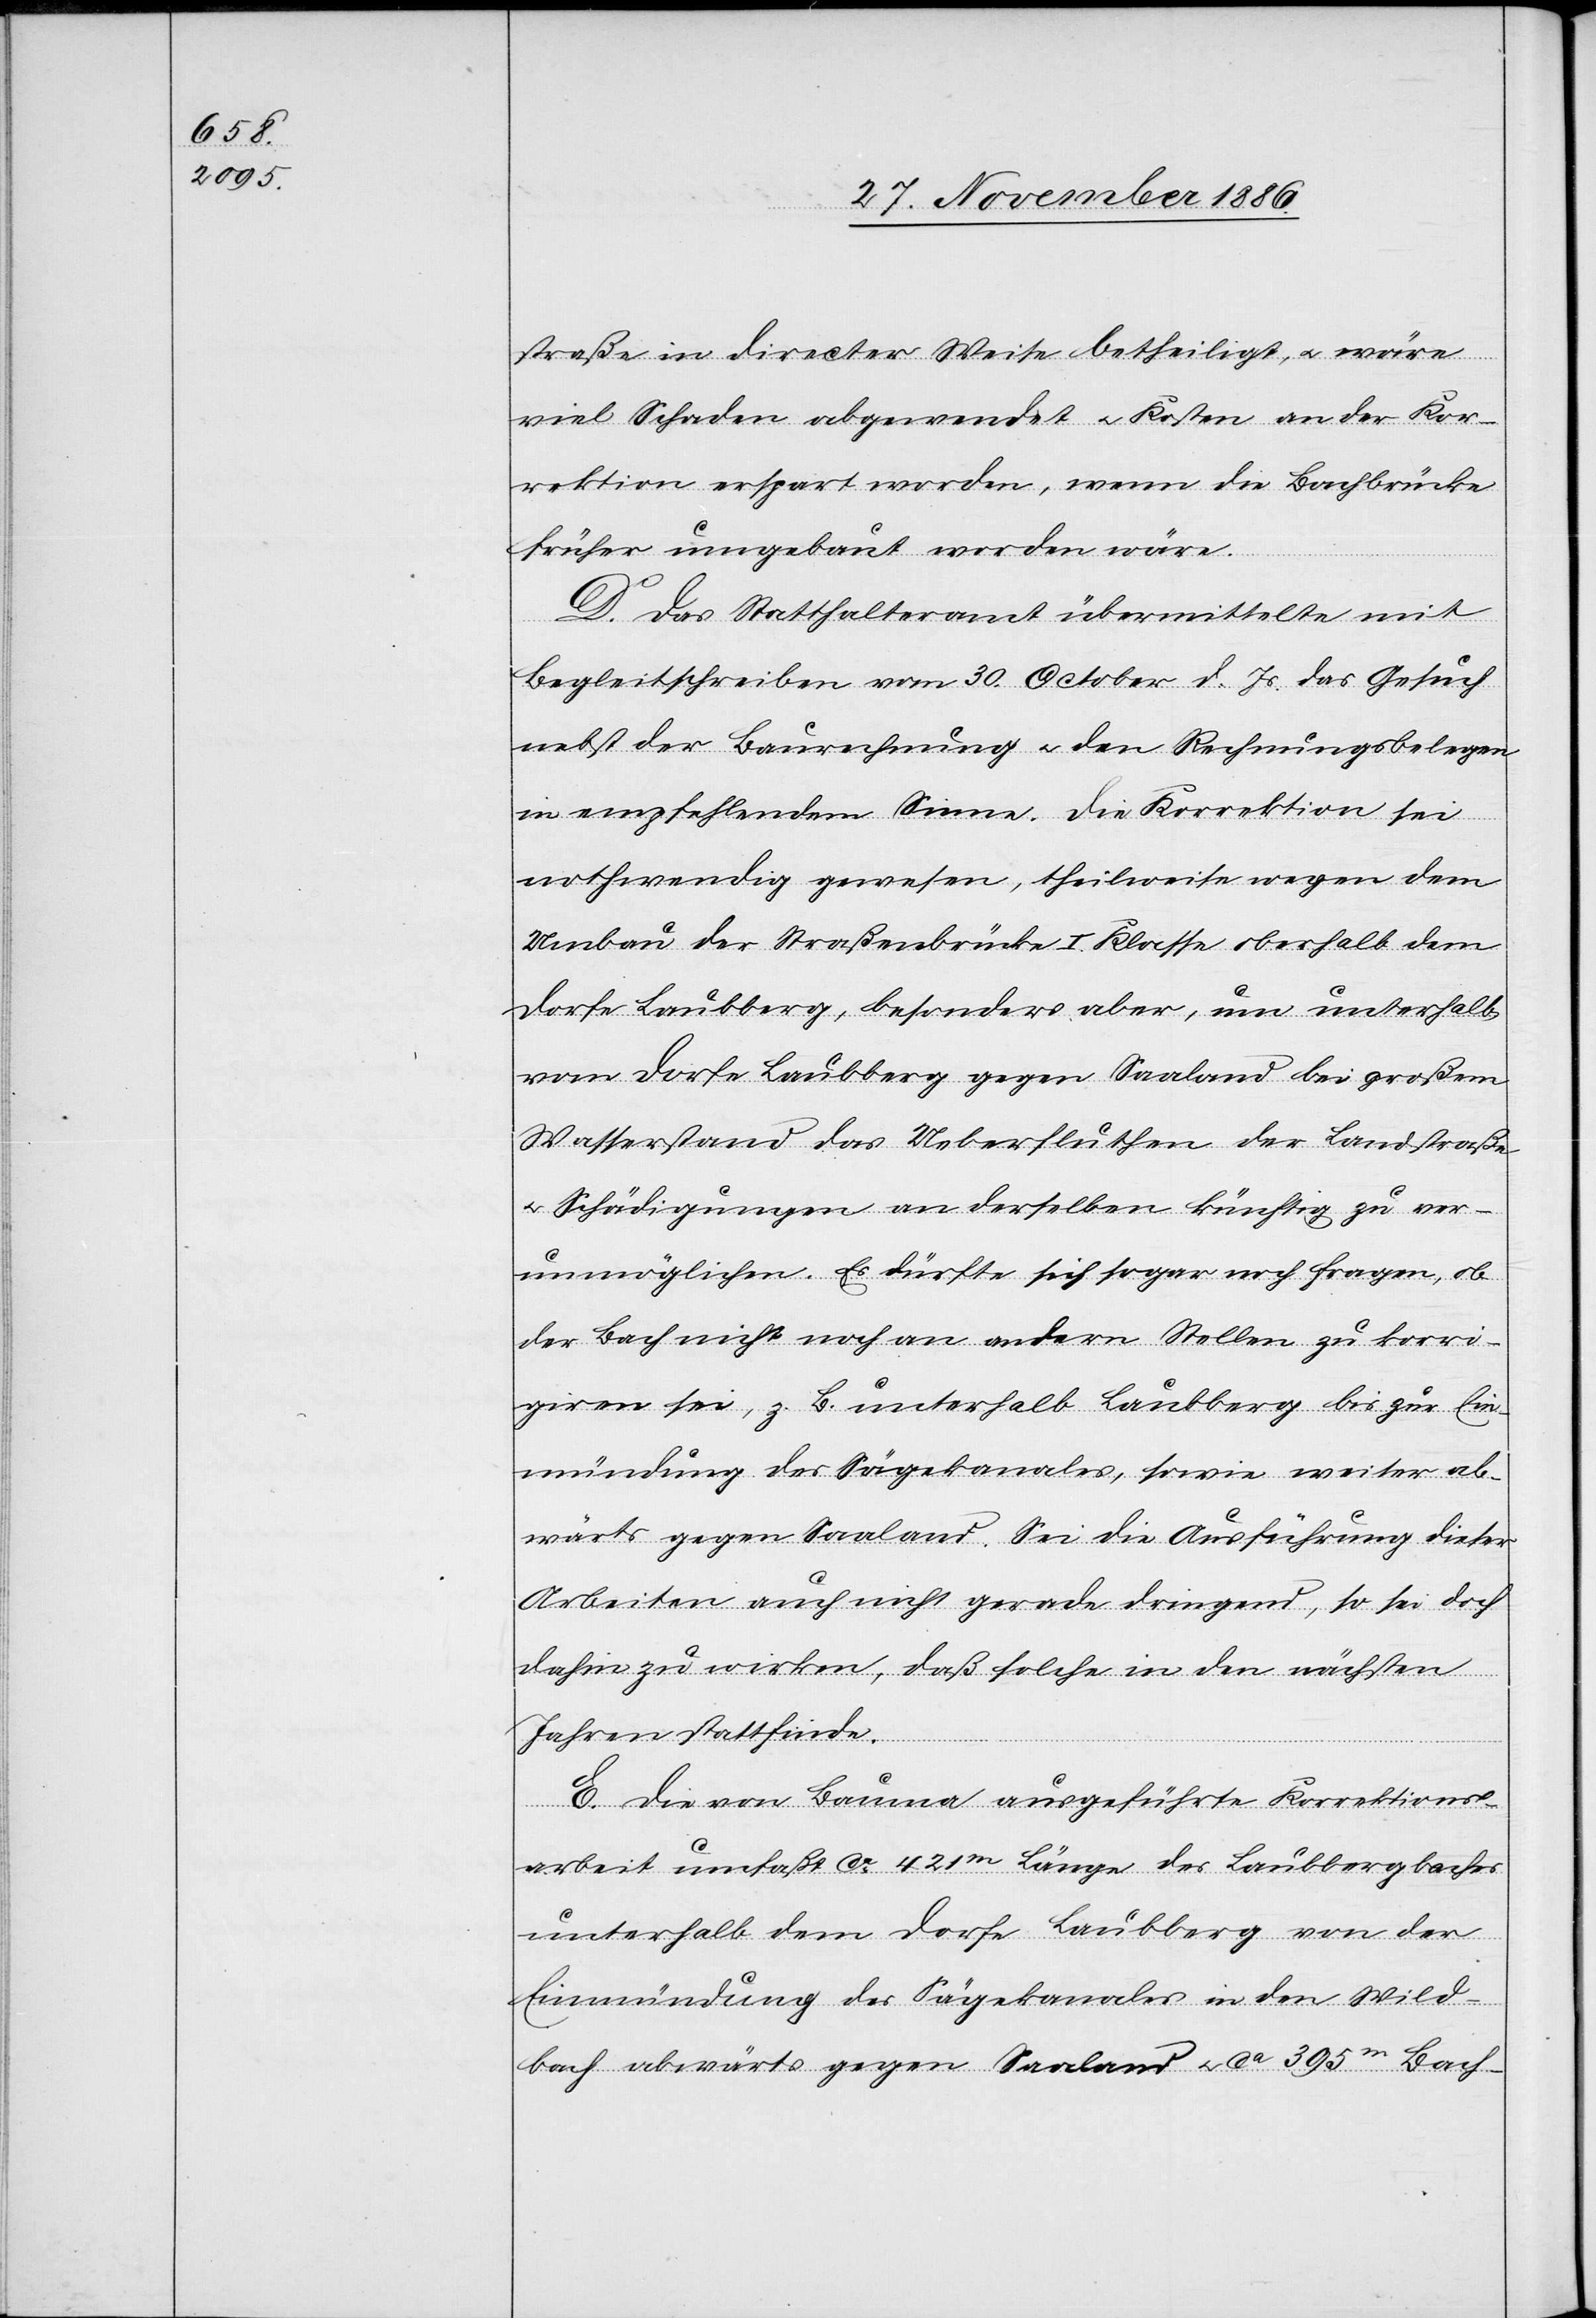
straße in directer Weise betheiligt, & wäre
viel Schaden abgewendet & Kosten an der Kor¬
rektion erspart worden, wenn die Bachbrücke
früher umgebaut worden wäre.
D. Das Statthalteramt übermittelte mit
Begleitschreiben vom 30. October d. Js. das Gesuch
nebst der Baurechnung & den Rechnungsbelegen
in empfehlendem Sinne. Die Korrektion sei
nothwendig gewesen, theilweise wegen dem
Umbau der Straßenbrücke I. Klasse oberhalb dem
Dorfe Laubberg, besonders aber, um unterhalb
vom Dorfe Laubberg gegen Saaland bei großem
Wasserstand das Ueberfluthen der Landstraße
& Schädigungen an derselben künftig zu ver¬
unmöglichen. Es dürfte sich sogar noch fragen, ob
der Bach nicht noch an andern Stellen zu korri¬
giren sei, z. B. unterhalb Laubberg bis zur Ein¬
mündung des Sägekanales, sowie weiter ab¬
wärts gegen Saaland. Sei die Ausführung dieser
Arbeiten auch nicht gerade dringend, so sei doch
dahin zu wirken, daß solche in den nächsten
Jahren stattfinde.
E. Die von Bauma ausgeführte Korrektions¬
arbeit umfaßt ca 421m Länge des Laubbergbaches
unterhalb dem Dorfe Laubberg von der
Einmündung des Sägekanales in den Wild¬
bach abwärts gegen Saaland & ca 395m Bach-